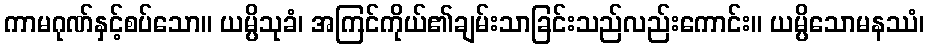
ကာမဂုဏ်နှင့်စပ်သော။ ယမ္ပိသုခံ၊ အကြင်ကိုယ်၏ချမ်းသာခြင်းသည်လည်းကောင်း။ ယမ္ပိသောမနဿံ၊